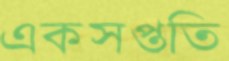
একসপ্ততি